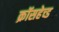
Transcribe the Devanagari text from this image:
क्रॉसहेच्ड